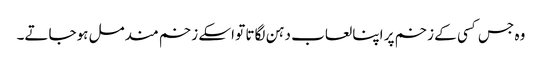
وہ جس کسی کے زخم پر اپنا لعاب دہن لگاتا تو اسکے زخم مندمل ہوجاتے۔